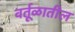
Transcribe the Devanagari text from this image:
वर्तूळातील